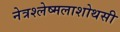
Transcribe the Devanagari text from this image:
नेत्रश्लेष्मलाशोथसी